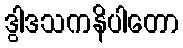
ဒွါဒသကနိပါတော